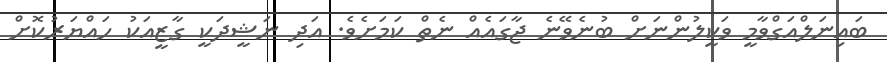
ބައިނަލްއަގްވާމީ ވަކީލުންނަށް ބުނެވޭނެ ޖާގައެއް ނެތް ކަމަށެވެ. އަދި ނަޝީދަކީ ގާޒީއަކު ހައްޔަރުކޮށް